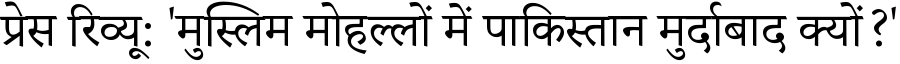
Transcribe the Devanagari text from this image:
प्रेस रिव्यू: 'मुस्लिम मोहल्लों में पाकिस्तान मुर्दाबाद क्यों?'